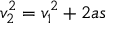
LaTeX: v _ { 2 } ^ { 2 } = v _ { 1 } ^ { 2 } + 2 a s